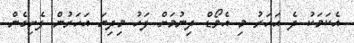
އެކަމަކު ދެ އަހަރު މި އެވޯޑް ދިނުމަށް ފަހު މިދިޔަ އަހަރުން ފެށިގެން